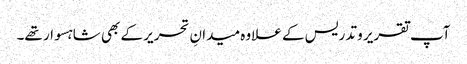
آپ تقریر و تدریس کے علاوہ میدانِ تحریر کے بھی شاہسوار تھے۔